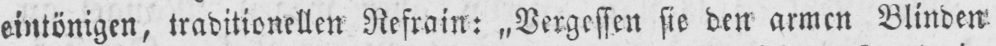
eintönigen, traditionellen Refrain: „Vergessen sie den armen Blinden